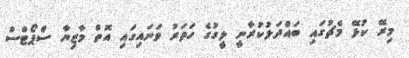
މިރޭ ކުޅޭ މެޗުގައި ބައްދަލުކުރާނީ ލީގުގެ ހަތަރު ވަނައިގައި އޮތް މާޒިޔާ ސްޕޯޓްސް